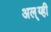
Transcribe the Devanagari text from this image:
अल््य्ही